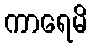
ကာရေမိ